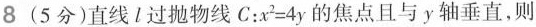
8(5分)直线l过抛物线C：x^{2}=4y的焦点且与y轴垂直，则